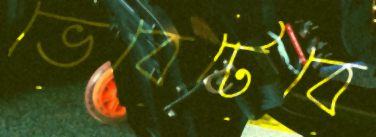
ভেবেটেবে